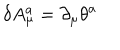
LaTeX: \delta A _ { \mu } ^ { a } = \partial _ { \mu } \theta ^ { a }